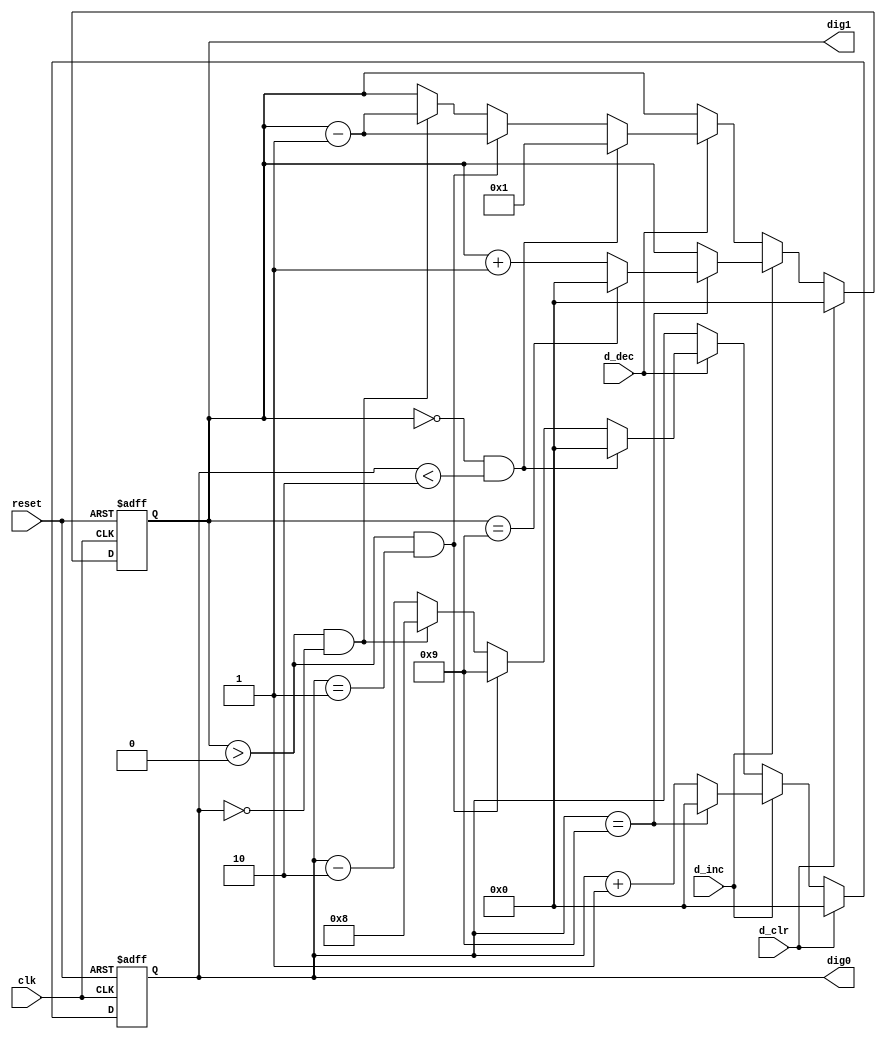
module score_counter
   (
    input wire clk, reset,
    input wire d_inc, d_dec, d_clr,
    // inc -- increase (hit signal)
    // dec -- decrease by 2 (kill signal)
    // cle -- simple clear signal
    output wire [3:0] dig0, dig1
   );

   // signal declaration
   reg [3:0] dig0_reg, dig1_reg, dig0_next, dig1_next;
   // well, common sense, hah?

   // simple state machine like textbook

   // registers
   always @(posedge clk, posedge reset)
      if (reset)
         begin
            dig1_reg <= 0;
            dig0_reg <= 0;
         end
      else
         begin
            dig1_reg <= dig1_next;
            dig0_reg <= dig0_next;
         end

   // next-state logic
   always @*
   begin
      dig0_next = dig0_reg;
      dig1_next = dig1_reg;
      if (d_clr)
         begin
            dig0_next = 0;
            dig1_next = 0;
         end
      else if (d_inc)
         if (dig0_reg==9)
            begin
               dig0_next = 0;
               if (dig1_reg==9)
                  dig1_next = 0;
               else
                  dig1_next = dig1_reg + 1;
             end
         else  // dig0 not 9
            dig0_next = dig0_reg + 1;
      else if (d_dec)
         if((dig1_reg == 0) && (dig0_reg < 2))
            begin
               dig0_next = 0;
               dig1_next = 1;
            end
         else if((dig1_reg > 0) && (dig0_reg == 1))
            begin
               dig1_next = dig1_reg - 1;
               dig0_next = 9;
            end
         else if((dig1_reg > 0) && (dig0_reg == 0))
            begin
               dig1_next = dig1_reg - 1;
               dig0_next = 8;
            end   
         else
            dig0_next = dig0_reg - 2;      

   end
   // output
   assign dig0 = dig0_reg;
   assign dig1 = dig1_reg;

endmodule